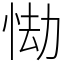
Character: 㤼